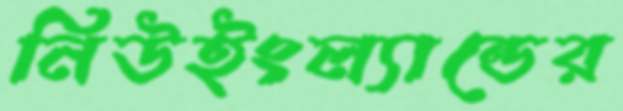
নিউইংল্যান্ডের